Vaccine operations Central Provinces 1868-1885 - 1868-1885
Year: 1868
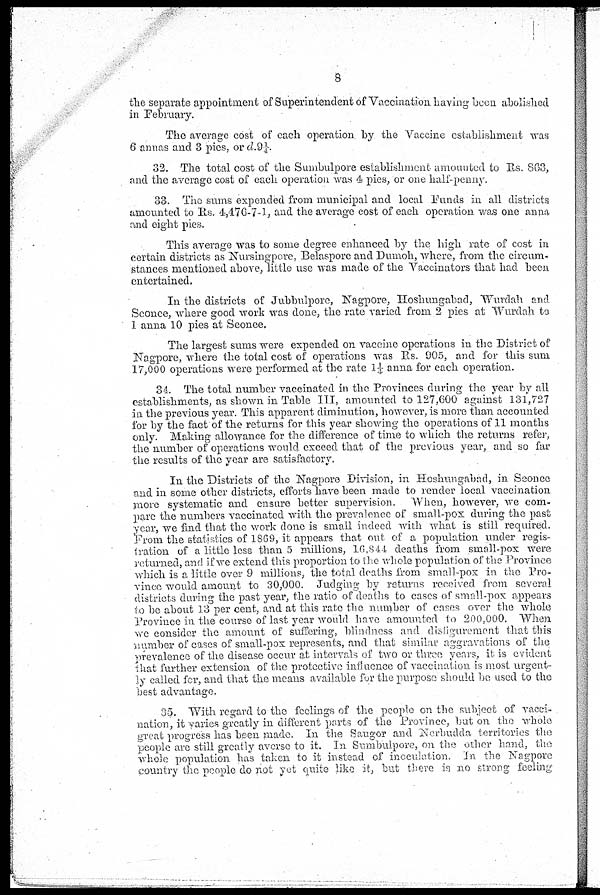
8
the separate appointment of Superintendent of Vaccination having been abolished
in February.
The average cost of each operation by the Vaccine establishment was
6 annas and 3 pies, or d.9¼.
32. The total cost of the Sumbulpore establishment amounted to Rs. 863,
and the average cost of each operation was 4 pies, or one half-penny.
33. The sums expended from municipal and local Funds in all districts
amounted to Rs. 4,476-7-1, and the average cost of each operation was one anna
and eight pies.
This average was to some degree enhanced by the high rate of cost in
certain districts as Nursingpore, Belaspore and Dumoh, where, from the circum-
stances mentioned above, little use was made of the Vaccinators that had been
entertained.
In the districts of Jubbulpore, Nagpore, Hoshungabad, Wurdah and
Sconce, where good work was done, the rate varied from 2 pies at Wurdah to
1 anna 10 pies at Seonee.
The largest sums were expended on vaccine operations in the District of
Nagpore, where the total cost of operations was Rs. 905, and for this sum
17,000 operations were performed at the rate 1¼ anna for each operation.
34. The total number vaccinated in the Provinces during the year by all
establishments, as shown in Table III, amounted to 127,600 against 131,727
in the previous year. This apparent diminution, however, is more than accounted
for by the fact of the returns for this year showing the operations of 11 months
only. Making allowance for the difference of time to which the returns refer,
the number of operations would exceed that of the previous year, and so far
the results of the year are satisfactory,
In the Districts of the Nagpore Division, in Hoshungabad, in Sconce
and in some other districts, efforts have been made to render local vaccination
more systematic and ensure better supervision. When, however, we com-
pare the numbers vaccinated with the prevalence of small-pox during the past
year, we find that the work done is small indeed with what is still required.
From the statistics of 1869, it appears that out of a population under regis¬
tration of a little less than 5 millions, 16,844 deaths from small-pox were
returned, and if we extend this proportion to the whole population of the Province
which is a little over 9 millions, the total deaths from small-pox in the Pro-
vince would amount to 30,000. Judging by returns received from several
districts during the past year, the ratio of deaths to cases of small-pox appears
to be about 13 per cent, and at this rate the number of cases over the whole
Province in the course of last year would have amounted to 200,000. When
we consider the amount of suffering, blindness and disfigurement that this
number of cases of small-pox represents, and that similar aggravations of the
prevalence of the disease occur at intervals of two or three years, it is evident
that further extension of the protective influence of vaccination is most urgent-
ly called for, and that the means available for the purpose should be used to the
best advantage.
35. With regard to the feelings of the people on the subject of vacci-
nation, it varies greatly in different parts of the Province, but on the whole
great progress has been made. In the Saugor and Nerbudda territories the
people are still greatly averse to it. In Sumbulpore, on the other hand, the
whole population has taken to it instead of inoculation. In the Nagpore
country the people do not yet quite like it, but there is no strong feeling